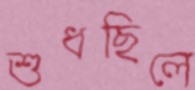
শুধছিলে